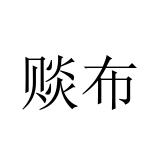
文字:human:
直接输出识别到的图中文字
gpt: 赕布